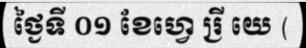
ថ្ងៃទី ០១ ខែហ្វេ រ្រី យេ (